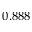
0 . 8 8 8